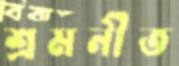
শ্রমনীত